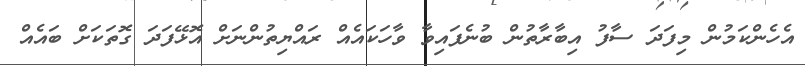
އެހެންކަމުން މިފަދަ ސާފު އިބާރާތުން ބުނެފައިވާ ވާހަކައެއް ރައްޔިތުންނަށް އޮޅޭފަދަ ގޮތަކަށް ބައެއް